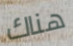
هناك